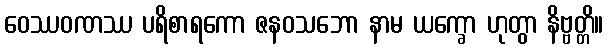
ဝေဿဝဏဿ ပရိစာရကော ဇနဝသဘော နာမ ယက္ခော ဟုတွာ နိဗ္ဗတ္တိ။